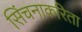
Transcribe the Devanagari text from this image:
सिंचनाकरिता